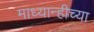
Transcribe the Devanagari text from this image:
माध्यान्हीच्या